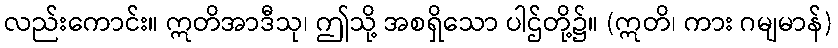
လည်းကောင်း။ ဣတိအာဒီသု၊ ဤသို့ အစရှိသော ပါဌ်တို့၌။ (ဣတိ၊ ကား ဂမျမာန်)